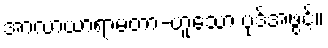
အာလာယာရာမတာ-ဟူသော ပုဒ်အဖွင့်။